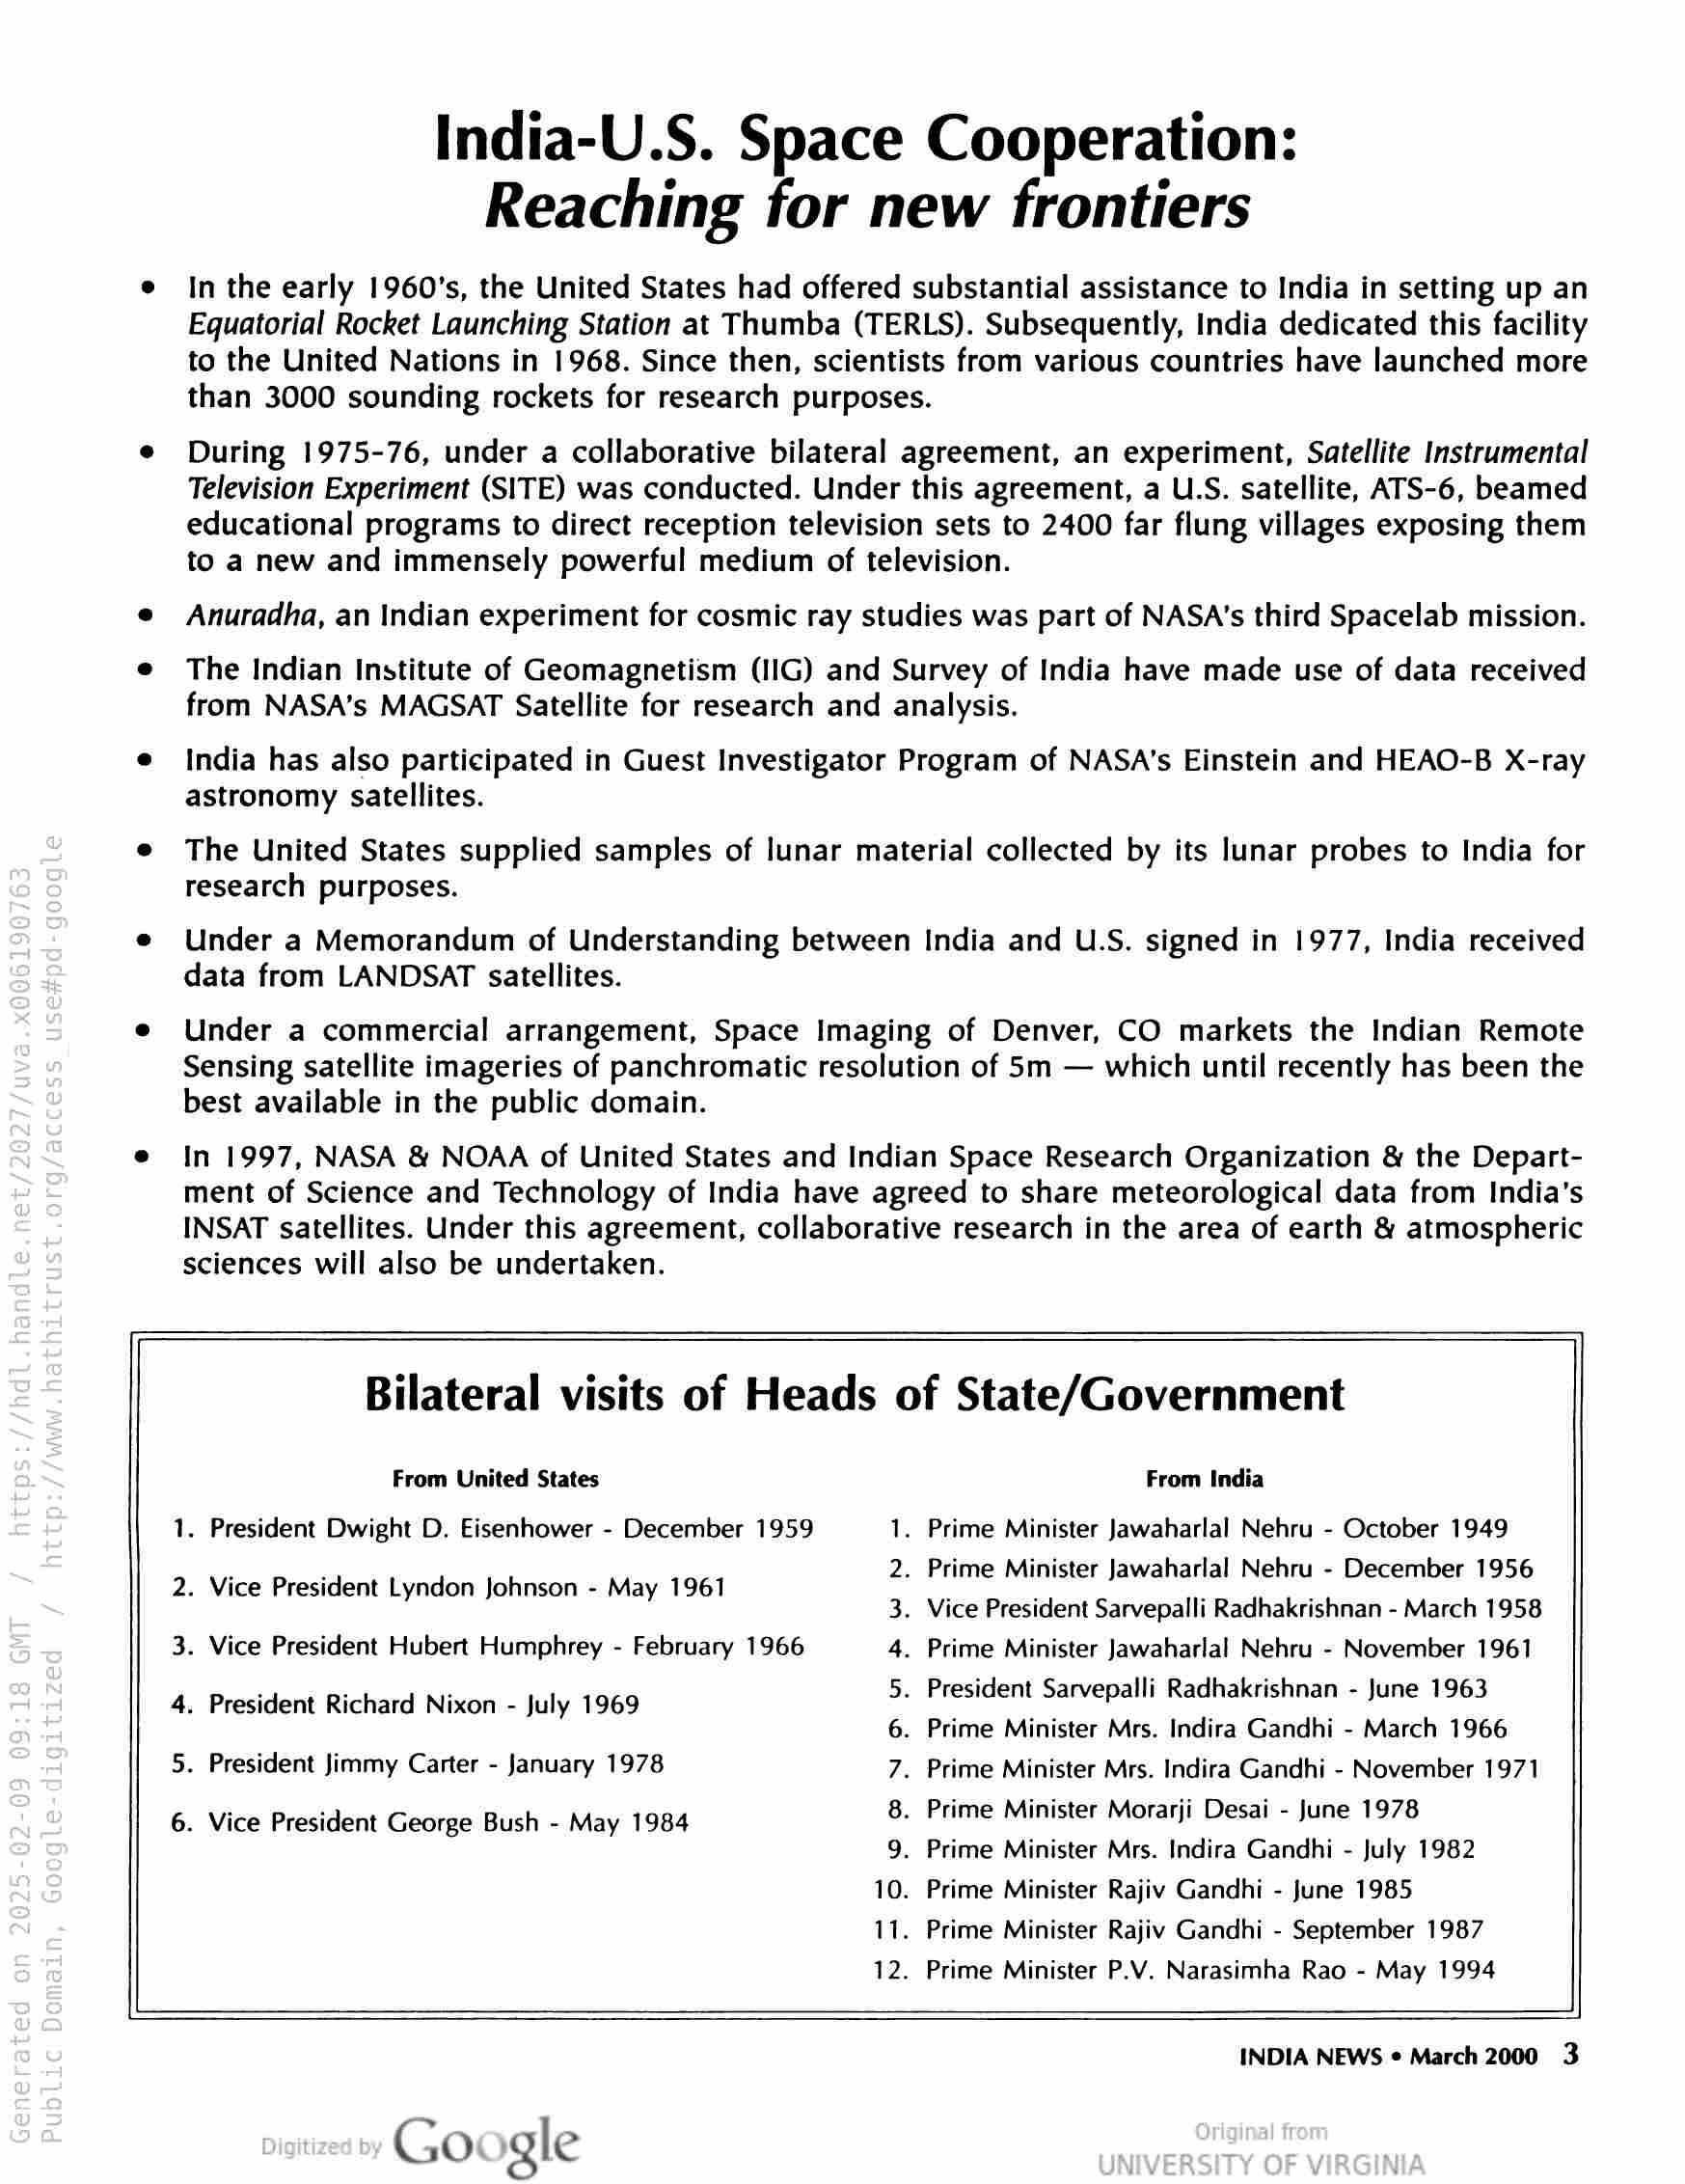
India-U.S. Space Cooperation:
Reaching for new frontiers

In the early 1960's, the United States had offered substantial assistance to India in setting up an
Equatorial Rocket Launching Station at Thumba (TERLS). Subsequently, India dedicated this facility
to the United Nations in 1968. Since then, scientists from various countries have launched more
than 3000 sounding rockets for research purposes.

During 1975-76, under a collaborative bilateral agreement, an experiment, Satellite Instrumental
Television Experiment (SITE) was conducted. Under this agreement, a ULS. satellite, ATS-6, beamed
educational programs to direct reception television sets to 2400 far flung villages exposing them
to a new and immensely powerful medium of television.

Anuradha, an Indian experiment for cosmic ray studies was part of NASA's third Spacelab mission.

The Indian Institute of Geomagnetism (IIG) and Survey of India have made use of data received
from NASA’s MAGSAT Satellite for research and analysis.

India has also participated in Guest Investigator Program of NASA's Einstein and HEAO-B X-ray
astronomy satellites.

The United States supplied samples of lunar material collected by its lunar probes to India for
research purposes.

Under a Memorandum of Understanding between India and U.S. signed in 1977, India received
data from LANDSAT satellites.

Under a commercial arrangement, Space Imaging of Denver, CO markets the Indian Remote
Sensing satellite imageries of panchromatic resolution of 5m — which until recently has been the
best available in the public domain.

In 1997, NASA & NOAA of United States and Indian Space Research Organization & the Depart-
ment of Science and Technology of India have agreed to share meteorological data from India’s
INSAT satellites. Under this agreement, collaborative research in the area of earth & atmospheric
sciences will also be undertaken.

Bilateral visits of Heads of State/Government

From United States From India

. Prime Minister Jawaharlal Nehru - October 1949

. Prime Minister Jawaharlal Nehru - December 1956
. Vice President Sarvepalli Radhakrishnan - March 1958
. Prime Minister Jawaharlal Nehru - November 1961

1. President Dwight D. Eisenhower - December 1959 1
2
3
4
5. President Sarvepalli Radhakrishnan - June 1963
6
7
8

2. Vice President Lyndon Johnson - May 1961
3. Vice President Hubert Humphrey - February 1966

4. President Richard Nixon - July 1969
. Prime Minister Mrs. Indira Gandhi - March 1966
. Prime Minister Mrs. Indira Gandhi - November 1971
. Prime Minister Morarji Desai - June 1978

9. Prime Minister Mrs. Indira Gandhi - July 1982

10. Prime Minister Rajiv Gandhi - June 1985

11. Prime Minister Rajiv Gandhi - September 1987

12. Prime Minister P.V. Narasimha Rao - May 1994

5. President Jimmy Carter - January 1978

6. Vice President George Bush - May 1984

INDIA NEWS ¢ March 2000 3

Google